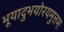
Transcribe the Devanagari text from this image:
भूयादुभयोरयमुत्तमः